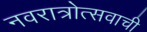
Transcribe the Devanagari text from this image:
नवरात्रोत्सवाची